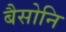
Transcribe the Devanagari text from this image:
बैसोनि